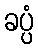
ခပ္ပံ